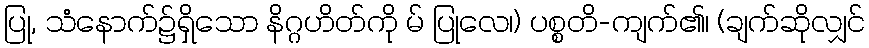
ပြု, သံနောက်၌ရှိသော နိဂ္ဂဟိတ်ကို မ် ပြုလေ၊) ပစ္စတိ-ကျက်၏၊ (ချက်ဆိုလျှင်